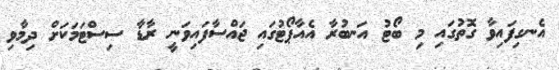
އެނގިފައިވާ ގޮތުގައި މި ބޯޓު އަނބުރާ އެއާޕޯޓުގައި ޖައްސާފައިވަނީ ރާޑާ ސިސްޓަމަކަށް ދިމާވި